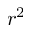
r ^ { 2 }